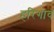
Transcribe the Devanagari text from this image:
हरिगाव